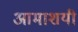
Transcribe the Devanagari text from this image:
आमाशयी